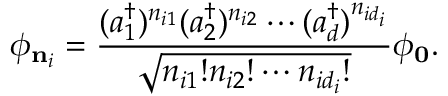
\phi _ { { \bf n } _ { i } } = \frac { ( a _ { 1 } ^ { \dag } ) ^ { n _ { i 1 } } ( a _ { 2 } ^ { \dag } ) ^ { n _ { i 2 } } \cdots ( a _ { d } ^ { \dag } ) ^ { n _ { i d _ { i } } } } { \sqrt { n _ { i 1 } ! n _ { i 2 } ! \cdots n _ { i d _ { i } } ! } } \phi _ { { \bf 0 } } .